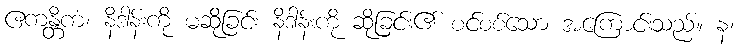
ဧကန္တိကံ၊ နိဒါန်းကို မဆိုခြင်း နိဒါန်းကို ဆိုခြင်း၏ စင်စစ်သော အကြောင်းသည်။ န၊